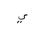
Letter: _ya